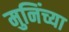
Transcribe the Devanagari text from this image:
मुनिंच्या